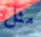
مثل